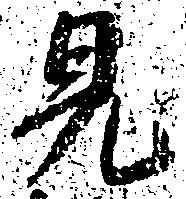
見